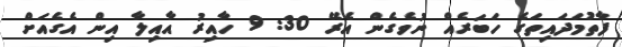
ފާތުމަދައިތަގެ ހަބަރެއް ނުވެގެން އެރޭ 30: 9 ހާއިރު އާއިލާ އިން އެގެއަށް